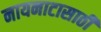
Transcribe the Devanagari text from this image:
नायनाटासाठी